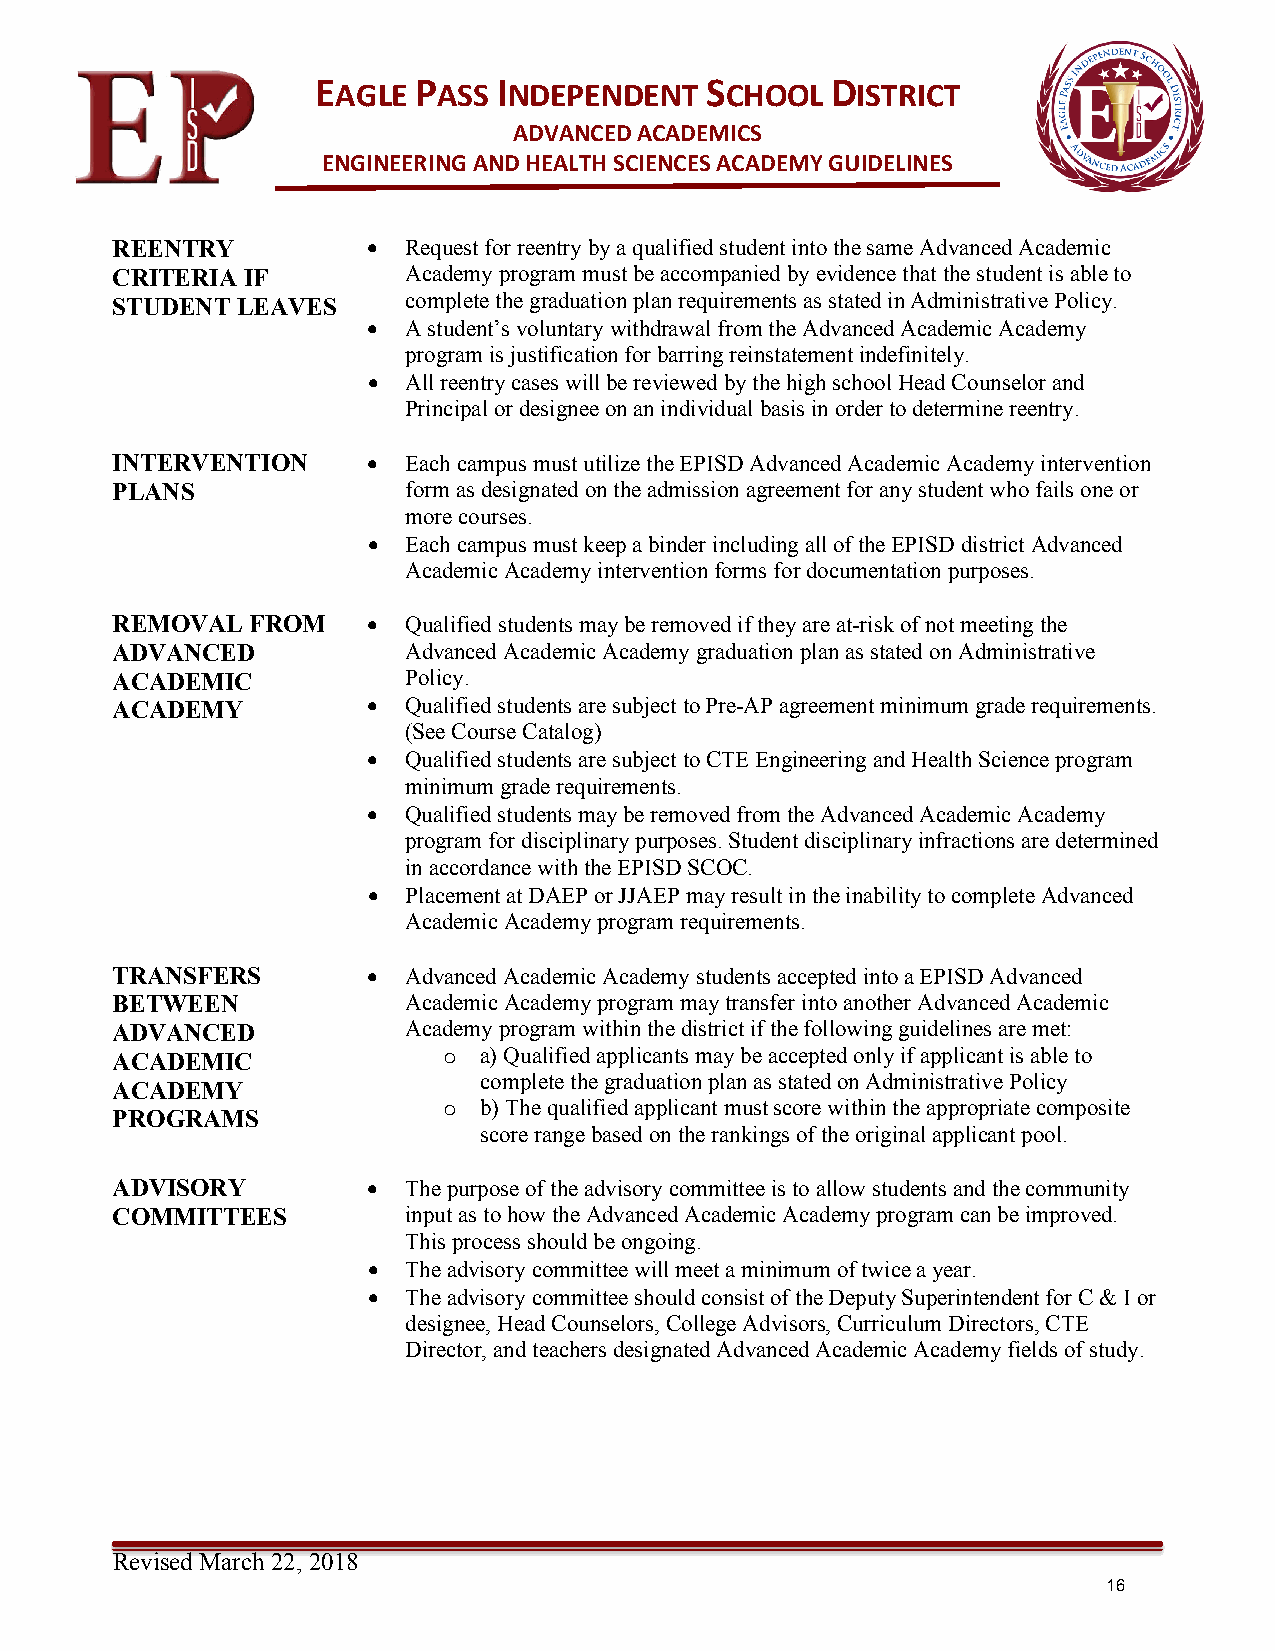
EAGLE PASS  INDEPENDENT   SCHOOL  DISTRICT
 ADVANCED ACADEMICS
 ENGINEERING AND HEALTH SCIENCES ACADEMY GUIDELINES
 REENTRY          •  Request for reentry by a qualified student into the same Advanced Academic
 CRITERIA IF         Academy program must be accompanied by evidence that the student is able to
 STUDENT  LEAVES     complete the graduation plan requirements as stated in Administrative Policy.
 •  A student’s voluntary withdrawal from the Advanced Academic Academy
 program is justification for barring reinstatement indefinitely.
 •  All reentry cases will be reviewed by the high school Head Counselor and
 Principal or designee on an individual basis in order to determine reentry.
 INTERVENTION     •  Each campus must utilize the EPISD Advanced Academic Academy intervention
 PLANS               form as designated on the admission agreement for any student who fails one or
 more courses.
 •  Each campus must keep a binder including all of the EPISD district Advanced
 Academic Academy intervention forms for documentation purposes.
 REMOVAL  FROM    •  Qualified students may be removed if they are at-risk of not meeting the
 ADVANCED            Advanced Academic Academy graduation plan as stated on Administrative
 ACADEMIC            Policy.
 ACADEMY          •  Qualified students are subject to Pre-AP agreement minimum grade requirements.
 (See Course Catalog)
 •  Qualified students are subject to CTE Engineering and Health Science program
 minimum grade requirements.
 •  Qualified students may be removed from the Advanced Academic Academy
 program for disciplinary purposes. Student disciplinary infractions are determined
 in accordance with the EPISD SCOC.
 •  Placement at DAEP or JJAEP may result in the inability to complete Advanced
 Academic Academy program requirements.
 TRANSFERS        •  Advanced Academic Academy students accepted into a EPISD Advanced
 BETWEEN             Academic Academy program may transfer into another Advanced Academic
 ADVANCED            Academy program within the district if the following guidelines are met:
 ACADEMIC              o  a) Qualified applicants may be accepted only if applicant is able to
 complete the graduation plan as stated on Administrative Policy
 ACADEMY
 o  b) The qualified applicant must score within the appropriate composite
 PROGRAMS
 score range based on the rankings of the original applicant pool.
 ADVISORY         •  The purpose of the advisory committee is to allow students and the community
 COMMITTEES          input as to how the Advanced Academic Academy program can be improved.
 This process should be ongoing.
 •  The advisory committee will meet a minimum of twice a year.
 •  The advisory committee should consist of the Deputy Superintendent for C & I or
 designee, Head Counselors, College Advisors, Curriculum Directors, CTE
 Director, and teachers designated Advanced Academic Academy fields of study.
 Revised March 22, 2018
 16